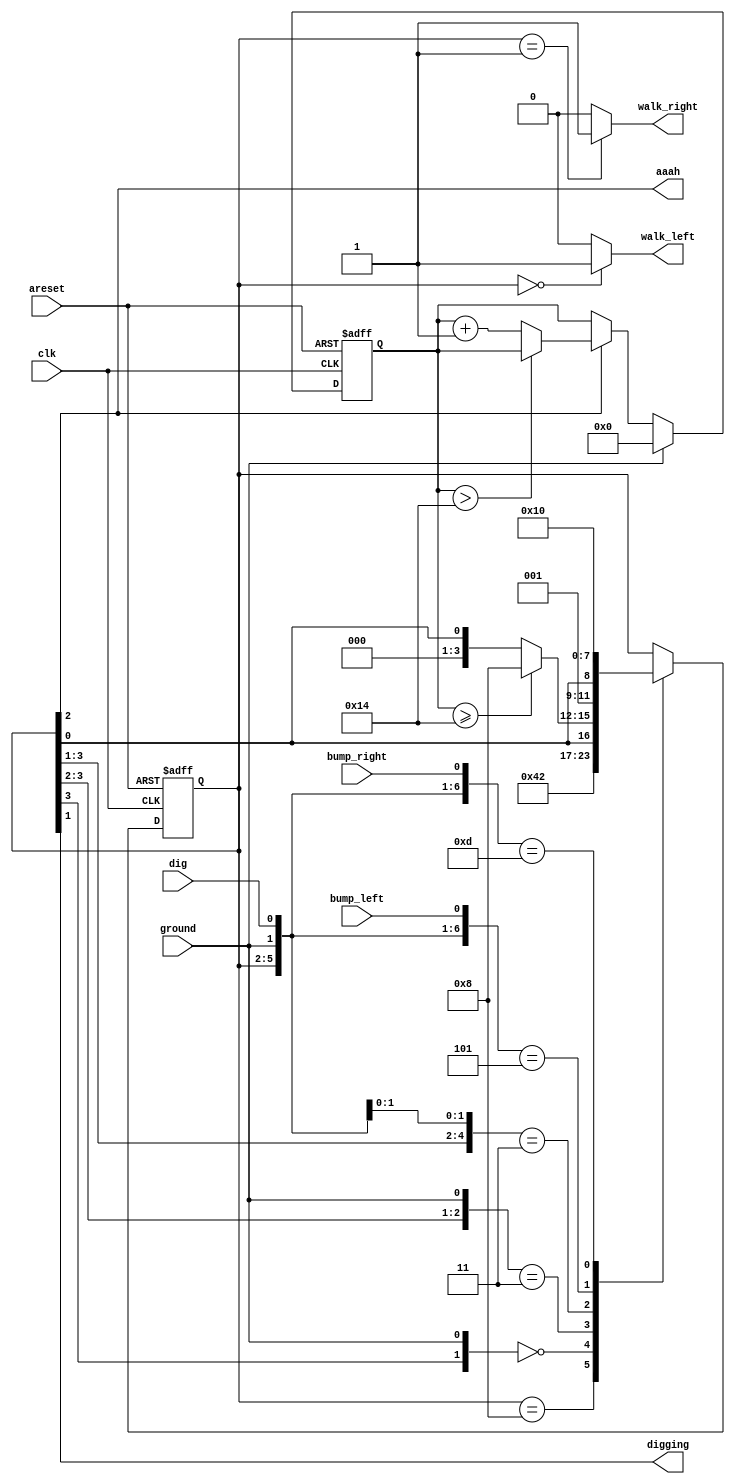
// https://hdlbits.01xz.net/wiki/Lemmings4

module top_module(
    input clk,
    input areset,    // Freshly brainwashed Lemmings walk left.
    input bump_left,
    input bump_right,
    input ground,
    input dig,
    output walk_left,
    output walk_right,
    output aaah,
    output digging );

    //                     dead fall dig dir
    parameter S_DEAD  = 4'b1____0____0___0;
    parameter F_LEFT  = 4'b0____1____0___0;
    parameter F_RIGHT = 4'b0____1____0___1;
    parameter D_LEFT  = 4'b0____0____1___0;
    parameter D_RIGHT = 4'b0____0____1___1;
    parameter W_LEFT  = 4'b0____0____0___0;
    parameter W_RIGHT = 4'b0____0____0___1;

    reg [3:0] state;
    reg [3:0] next_state;

    reg [4:0] cnt_aaah = 5'd0;

    // Generate next_state
    always @(*) begin
        casez ({state, ground, dig, bump_left, bump_right})
            {S_DEAD,  4'b????}: next_state = S_DEAD;
            {4'b0???, 4'b0???}: next_state = {1'b0, 1'b1, 1'b0, state[0]};
            {4'b01??, 4'b1???}: next_state = cnt_aaah >= 20 ? S_DEAD : {1'b0, 1'b0, 1'b0, state[0]};
            {4'b000?, 4'b11??}: next_state = {1'b0, 1'b0, 1'b1, state[0]};
            {W_LEFT,  4'b101?}: next_state = W_RIGHT;
            {W_RIGHT, 4'b10?1}: next_state = W_LEFT;
            default:            next_state = state;
        endcase
    end

    // Assign next_state to state
    always @(posedge clk, posedge areset)
        if(areset)
            state <= W_LEFT;
        else
            state <= next_state;

    // Count time of aaah
    always @(posedge clk, posedge areset)
        if(areset)
            cnt_aaah <= 5'd0;
        else if(ground)
            cnt_aaah <= 5'b0;
        else if(aaah)
            cnt_aaah <= cnt_aaah > 20 ? cnt_aaah : cnt_aaah + 5'd1;

    // Output logic
    assign aaah       = state[2];
    assign digging    = state[1];
    assign walk_left  = (state == W_LEFT  ? 1'b1 : 1'b0);
    assign walk_right = (state == W_RIGHT ? 1'b1 : 1'b0);

endmodule